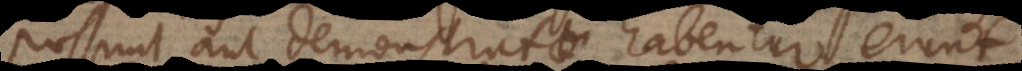
possunt, aut demonstratae habentur, erunt